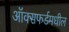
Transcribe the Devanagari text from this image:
ऑक्सफर्डमधील